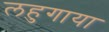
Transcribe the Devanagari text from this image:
लहुगाया